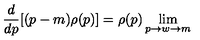
\frac { d } { d p } [ ( p - m ) \rho ( p ) ] = \rho ( p ) \lim _ { p \rightarrow w \rightarrow m }